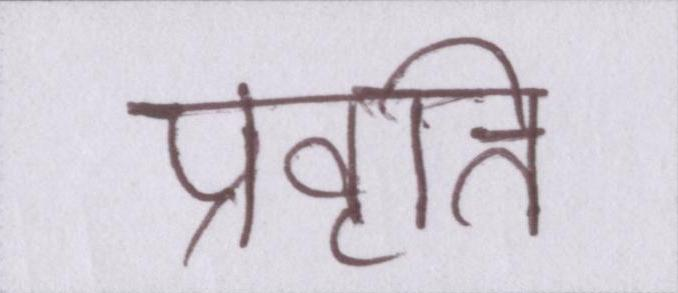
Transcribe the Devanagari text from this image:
प्रवृत्ति